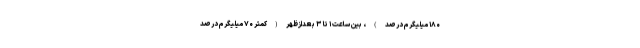
۱۸۰ میلیگرم درصد)، بین ساعت ۱ تا ۳ بعدازظهر(کمتر ۷۰ میلیگرم درصد